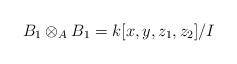
LaTeX: \begin{align*}B_1\otimes_A B_1=k[x,y,z_1,z_2]/I\end{align*}